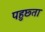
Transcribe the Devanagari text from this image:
पहुछ्ता